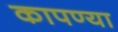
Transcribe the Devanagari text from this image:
कापण्या